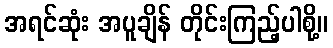
အရင်ဆုံး အပူချိန် တိုင်းကြည့်ပါစို့။